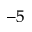
^ { - 5 }